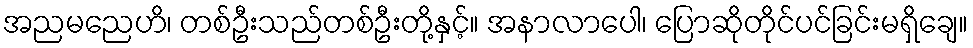
အညမညေဟိ၊ တစ်ဦးသည်တစ်ဦးတို့နှင့်။ အနာလာပေါ၊ ပြောဆိုတိုင်ပင်ခြင်းမရှိချေ။